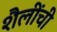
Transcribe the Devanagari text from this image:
शैलींची